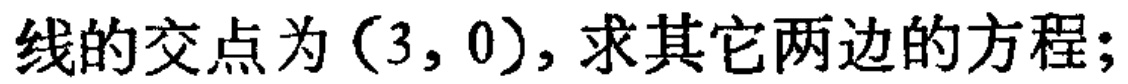
线的交点为\((3,0)\)，求其它两边的方程；